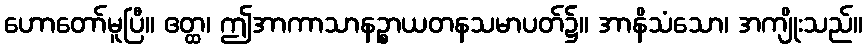
ဟောတော်မူပြီ။ ဧတ္ထ၊ ဤအာကာသာနဉ္စာယတနသမာပတ်၌။ အာနိသံသော၊ အကျိုးသည်။